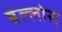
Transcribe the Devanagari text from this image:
बेल्लोस्